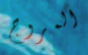
المروج